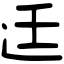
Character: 𨑳